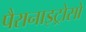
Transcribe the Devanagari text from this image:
पैरानाइट्रोसो